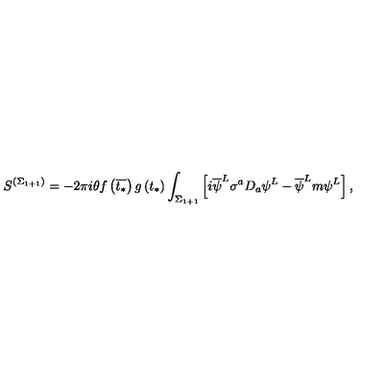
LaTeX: S ^ { \left( \Sigma _ { 1 + 1 } \right) } = - 2 \pi i \theta f \left( \overline { { t _ { * } } } \right) g \left( t _ { * } \right) \int _ { \Sigma _ { 1 + 1 } } \left[ i \overline { { \psi } } ^ { L } \sigma ^ { a } D _ { a } \psi ^ { L } - \overline { { \psi } } ^ { L } m \psi ^ { L } \right] ,